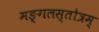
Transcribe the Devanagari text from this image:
मङ्गलस्तोत्रम्